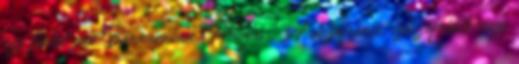
egy fiatal pap Baranyában Plebejus: A skizofrénia, szkizofrénia vagy